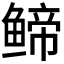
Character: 𬶤